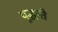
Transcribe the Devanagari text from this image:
युद्धन्ते